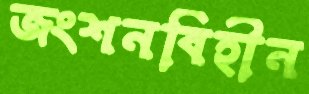
জংশনবিহীন